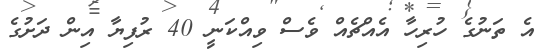
އެ ތަނުގެ ހުރިހާ އެއްޗެއް ވެސް ވިއްކަނީ 40 ރުފިޔާ އިން ދަށުގެ